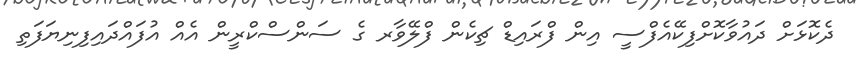
ދެކޮޅަށް ދައުވާކޮށްފިކޭއެފްސީ އިން ފްރައިޑް ޗިކެން ފްލޭވާރ ގެ ސަންސްކްރީން އެއް އުފައްދައިފިނިޔަފަތި